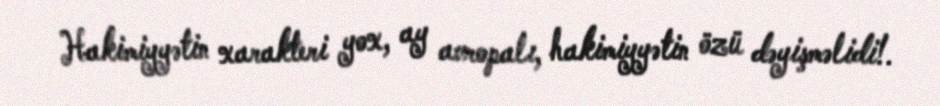
Hakimiyyətin xarakteri yox, ay avropalı, hakimiyyətin özü dəyişməlidi!.